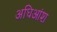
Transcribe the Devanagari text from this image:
अधिआंश